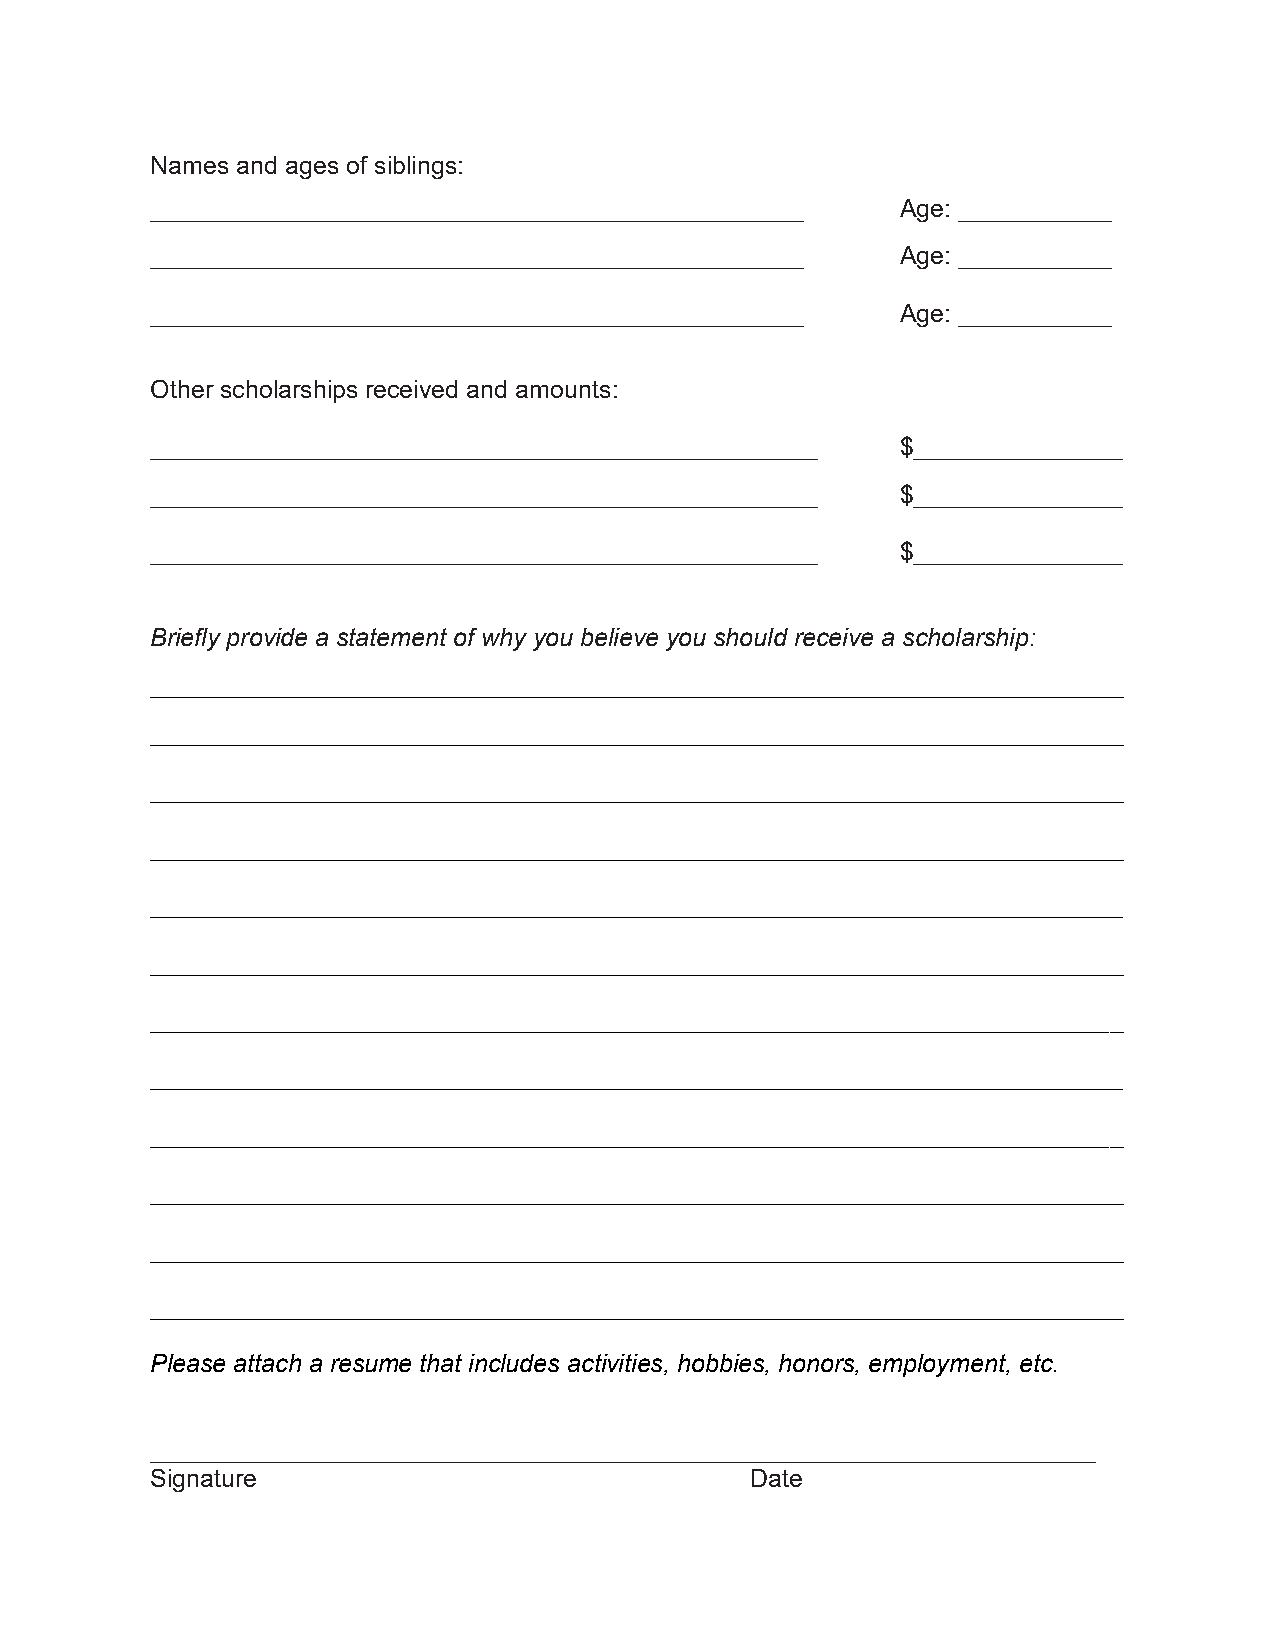
Names and ages of siblings:
 _______________________________________________   Age: ___________
 _______________________________________________   Age: ___________
 _______________________________________________   Age: ___________
 Other scholarships received and amounts:
 ________________________________________________  $_______________
 ________________________________________________  $_______________
 ________________________________________________  $_______________
 Briefly provide a statement of why you believe you should receive a scholarship:
 ______________________________________________________________________
 ______________________________________________________________________
 ______________________________________________________________________
 ______________________________________________________________________
 ______________________________________________________________________
 ______________________________________________________________________
 ______________________________________________________________________
 ______________________________________________________________________
 ______________________________________________________________________
 ______________________________________________________________________
 ______________________________________________________________________
 ______________________________________________________________________
 Please attach a resume that includes activities, hobbies, honors, employment, etc.
 ____________________________________________________________________
 Signature                               Date